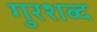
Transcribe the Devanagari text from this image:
गुरशब्द